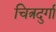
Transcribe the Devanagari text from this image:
चित्रदुर्गा